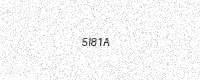
Text: 5I81A